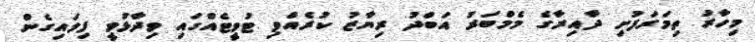
މިހާރު ތިމަރަފުށި ދާއިރާގެ މެމްބަރު އަބްދު ރިޔާޒު ކުރެއްވި ޓުވީޓެއްގައި ވިދާޅުވީ ފިލައިގެން